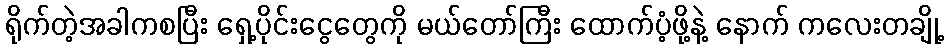
ရိုက်တဲ့အခါကစပြီး ရှေ့ပိုင်းငွေတွေကို မယ်တော်ကြီး ထောက်ပံ့ဖို့နဲ့ နောက် ကလေးတချို့